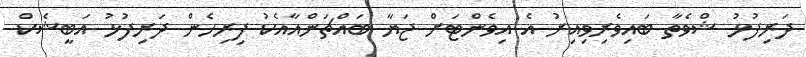
ދަރިފުޅު ޝްވެތާ ބައިވެރިވިއިރު އެ އިވެންޓަށް ޖަޔާ ބައްޗަންއާއެކު ފިރިހެން ދަރިފުޅު އަބީޝެކް